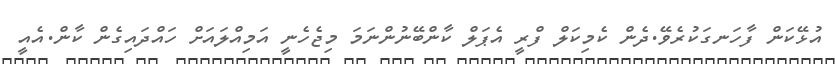
އުޅޭކަން ފާހަނގަކުރެވޭ.ދެން ކެމިކަލް ފްރީ އެޕަލް ކާންބޭނުންނަމަ މިޖެހެނީ އަމިއްލައަށް ހައްދައިގެން ކާން.އެއީ